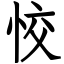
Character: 恔